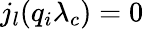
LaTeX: {j_{l}}(q_{i}\lambda_{c})=0